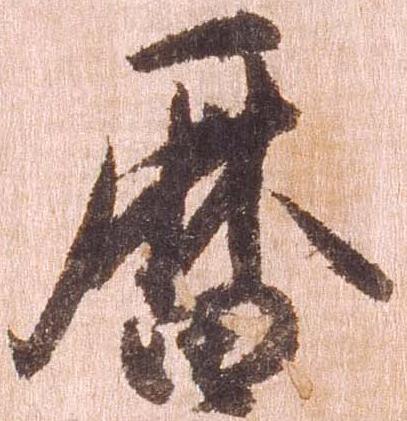
暦